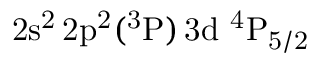
\mathrm { 2 s ^ { 2 } \, 2 p ^ { 2 } ( ^ { 3 } P ) \, 3 d ~ ^ { 4 } P _ { 5 / 2 } }